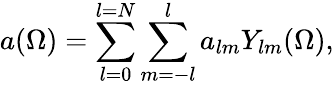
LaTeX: a(\Omega)=\sum_{l=0}^{l=N}\sum_{m=-l}^{l}a_{lm}Y_{lm}(\Omega),